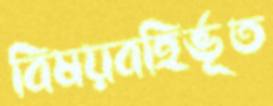
বিষয়বহির্ভূত